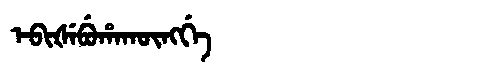
Manchu: ᡝᠪᡳᡧᡝᠪᡠᡥᠠᡴᡡᠩᡤᡝ
Romanization: EBIŠEBUHAKŪNGGE